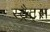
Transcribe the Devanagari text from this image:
स्ट्रैट्‍स